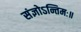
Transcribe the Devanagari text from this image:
संज्ञोऽन्तिमः॥